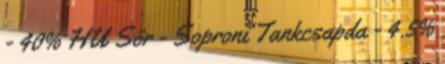
- 40% HU Sör - Soproni Tankcsapda - 4.5%